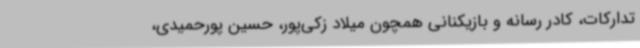
تدارکات، کادر رسانه و بازیکنانی همچون میلاد زکی‌پور،‌ حسین پورحمیدی،